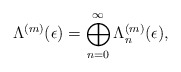
\begin{align*}\Lambda^{(m)}(\epsilon)=\bigoplus_{n=0}^{\infty} \Lambda^{(m)}_n(\epsilon),\end{align*}